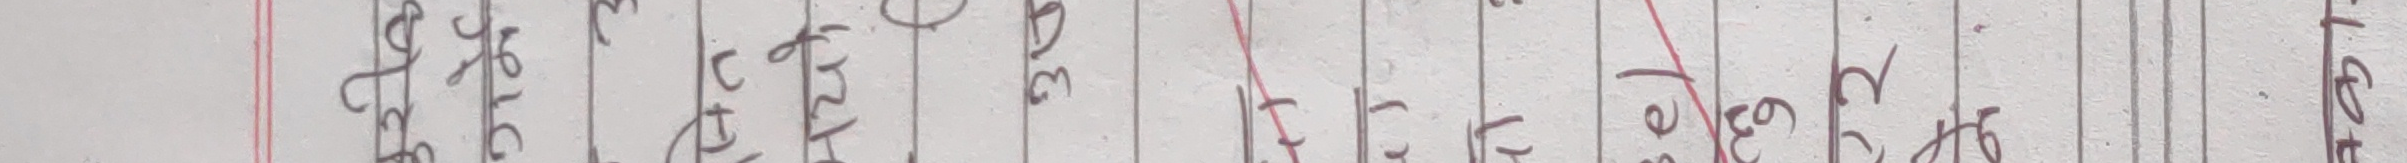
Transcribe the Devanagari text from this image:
६३४.६२३४३१